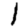
Digit: 1